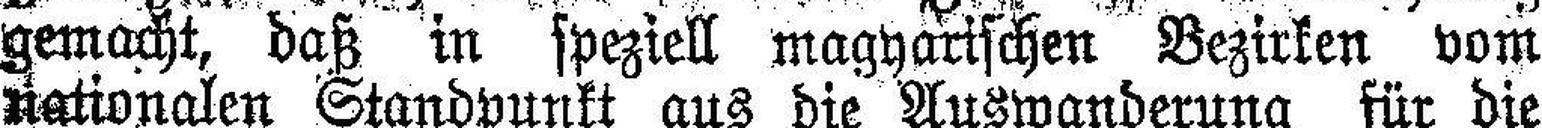
gemacht, daß in speziell magyarischen Bezirken vom